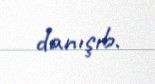
danışıb.